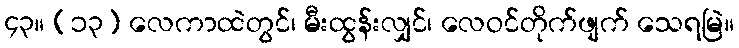
၄၃။ (၁၃) လေကာထဲတွင်၊ မီးထွန်းလျှင်၊ လေဝင်တိုက်ဖျက် သေရမြဲ။